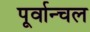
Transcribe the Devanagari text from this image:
पूर्वान्चल